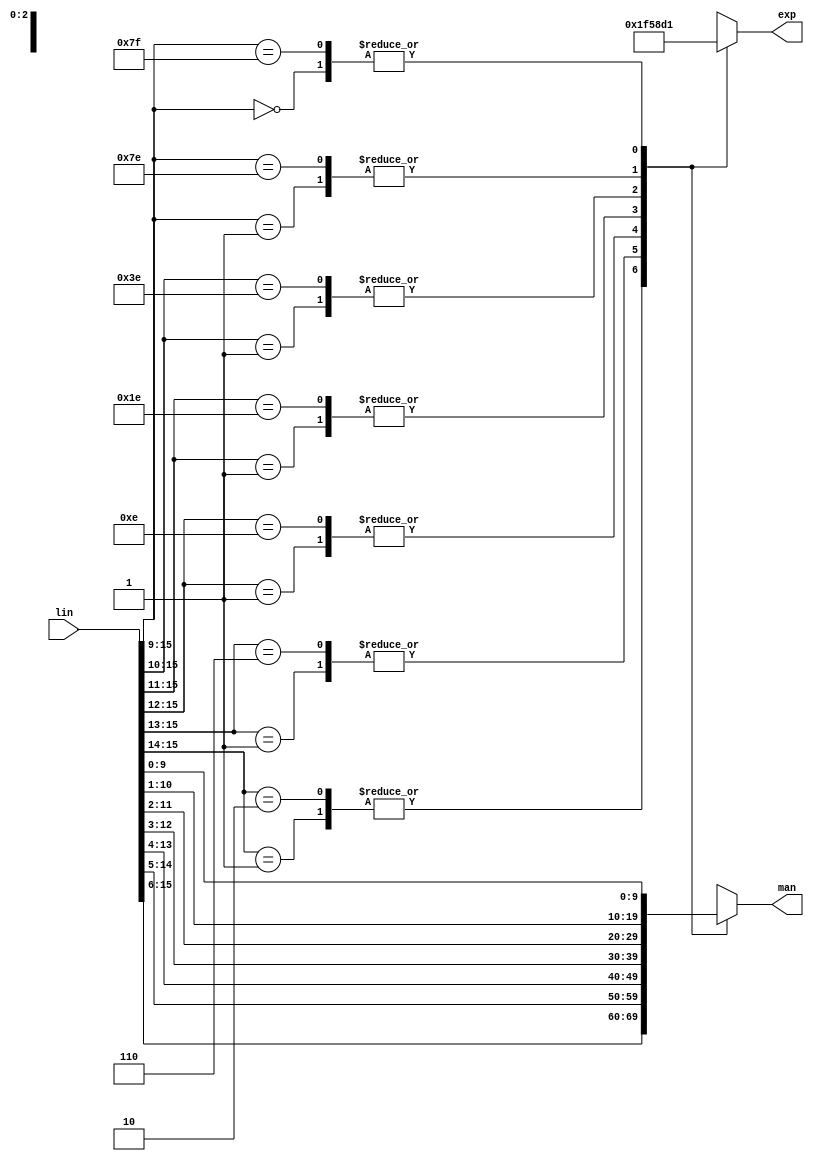
module jt51_lin2exp(
  input      [15:0] lin,
  output reg [9:0] man,
  output reg [2:0] exp
);

always @(*) begin
  casez( lin[15:9] )
    // negative numbers
    7'b10?????: begin
        man = lin[15:6];
        exp = 3'd7;
      end
    7'b110????: begin
        man = lin[14:5];
        exp = 3'd6;
      end
    7'b1110???: begin
        man = lin[13:4];
        exp = 3'd5;
      end
    7'b11110??: begin
        man = lin[12:3];
        exp = 3'd4;
      end
    7'b111110?: begin
        man = lin[11:2];
        exp = 3'd3;
      end
    7'b1111110: begin
        man = lin[10:1];
        exp = 3'd2;
      end
    7'b1111111: begin
        man = lin[ 9:0];
        exp = 3'd1;
      end    
    // positive numbers
    7'b01?????: begin
        man = lin[15:6];
        exp = 3'd7;
      end
    7'b001????: begin
        man = lin[14:5];
        exp = 3'd6;
      end
    7'b0001???: begin
        man = lin[13:4];
        exp = 3'd5;
      end
    7'b00001??: begin
        man = lin[12:3];
        exp = 3'd4;
      end
    7'b000001?: begin
        man = lin[11:2];
        exp = 3'd3;
      end
    7'b0000001: begin
        man = lin[10:1];
        exp = 3'd2;
      end
    7'b0000000: begin
        man = lin[ 9:0];
        exp = 3'd1;
      end
    
    default: begin
        man = lin[9:0];
        exp = 3'd1;
      end
  endcase
end

endmodule